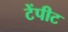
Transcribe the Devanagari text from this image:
टेंपीट